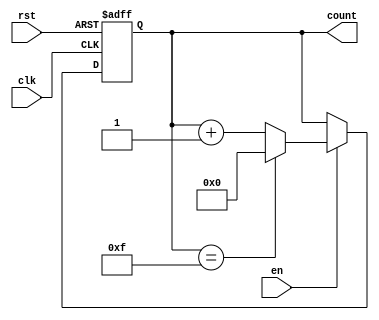
module multi_bit_counter #(
    parameter N = 4  // Define the bit width of the counter
)(
    input wire clk,        // Clock signal
    input wire rst,        // Asynchronous reset signal
    input wire en,         // Enable signal
    output reg [N-1:0] count // N-bit counter value
);

    // Maximum value for the counter
    localparam MAX_COUNT = (1 << N) - 1; // 2^N - 1

    // Always block triggered on the rising edge of the clock
    always @(posedge clk or posedge rst) begin
        if (rst) begin
            count <= 0; // Reset the counter to 0
        end else if (en) begin
            if (count == MAX_COUNT) begin
                count <= 0; // Wrap around to 0 if maximum is reached
            end else begin
                count <= count + 1; // Increment the counter
            end
        end
        // If not enabled, the counter holds its value
    end

endmodule